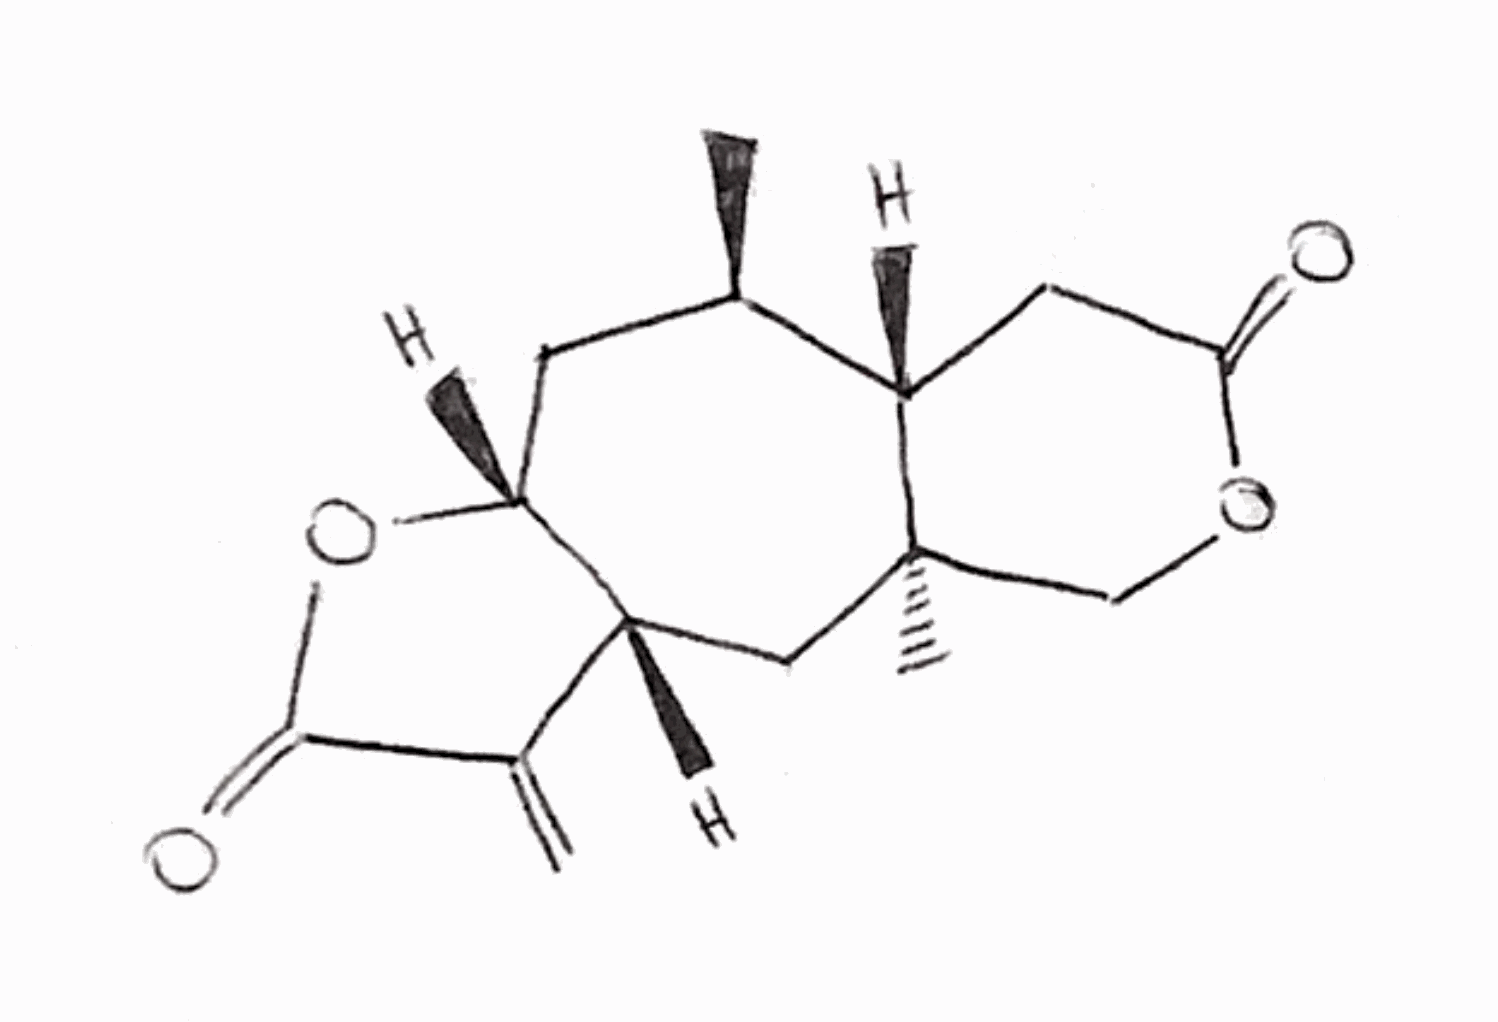
Simplified molecular-input line-entry system (SMILES) notation of the given molecule:
C[C@@H]1C[C@@H]2[C@H](C[C@]3([C@H]1CC(=O)OC3)C)C(=C)C(=O)O2